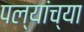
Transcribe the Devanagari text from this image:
पल्यांच्या